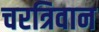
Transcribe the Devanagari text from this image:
चरत्रिवान